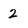
Character: 2